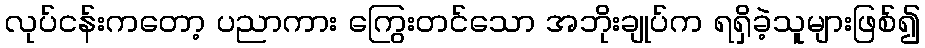
လုပ်ငန်းကတော့ ပညာကား ကြွေးတင်သော အဘိုးချုပ်က ရရှိခဲ့သူများဖြစ်၍